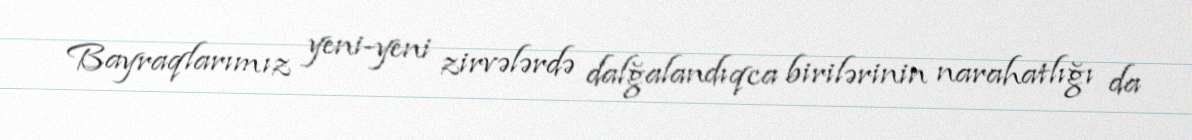
Bayraqlarımız yeni-yeni zirvələrdə dalğalandıqca birilərinin narahatlığı da